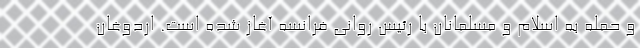
و حمله به اسلام و مسلمانان با رئیس روانی فرانسه آغاز شده است. اردوغان